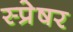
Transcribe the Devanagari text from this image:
स्प्रेषर